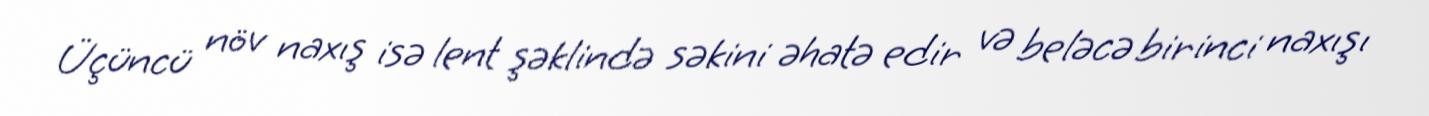
Üçüncü növ naxış isə lent şəklində səkini əhatə edir və beləcə birinci naxışı